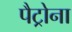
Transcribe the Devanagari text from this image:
पैट्रोना